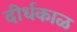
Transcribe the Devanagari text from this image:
दीर्धकाळ